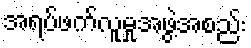
အရပ်ဖက်လူမှုအဖွဲ့အစည်း